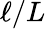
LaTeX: \ell/L